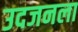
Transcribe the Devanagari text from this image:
उदजनला